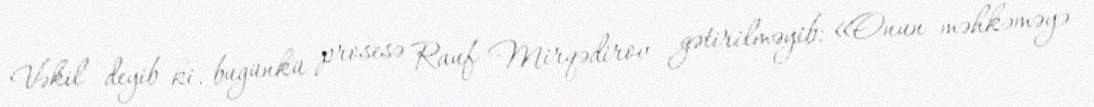
Vəkil deyib ki, bugünkü prosesə Rauf Mirqədirov gətirilməyib: «Onun məhkəməyə